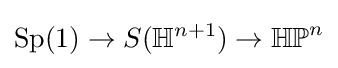
{\mbox{Sp}}(1)\to S(\mathbb {H} ^{n+1})\to \mathbb {HP} ^{n}